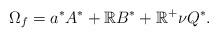
LaTeX: \begin{align*}\Omega_f =a^*A^*+\mathbb R B^*+ \mathbb R^+\nu Q^*.\end{align*}